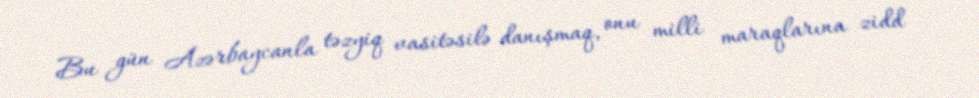
Bu gün Azərbaycanla təzyiq vasitəsilə danışmaq, onu milli maraqlarına zidd